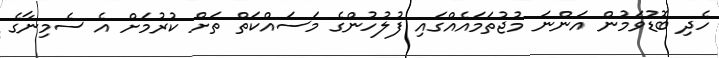
ހެދި ބޮޑުވަމުން އަންނަ މުޖުތަމައެއްގައި ފުލުހުންގެ މަސައްކަތް ތަށް ކުރުމަށް އެ ސެމިނާގެ